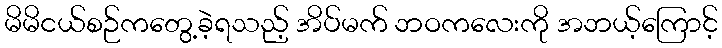
မိမိငယ်စဉ်ကတွေ့ခဲ့ရသည့် အိပ်မက် ဘဝကလေးကို အဘယ့်ကြောင့်